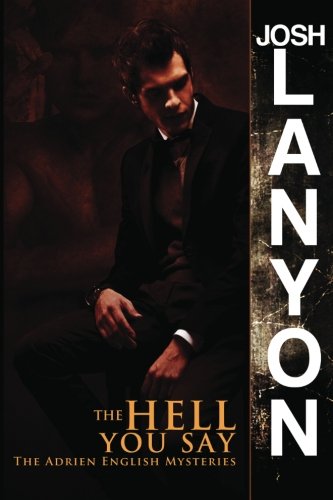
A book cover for The Hell You Say: The Adrien English Mysteries (Volume 3); Josh Lanyon; Romance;